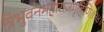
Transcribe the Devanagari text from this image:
त्रिभुवनमहाराजगृहिणि॥१४॥